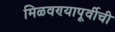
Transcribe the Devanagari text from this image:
मिळवण्यापूर्वीची